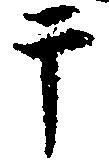
于